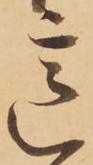
意